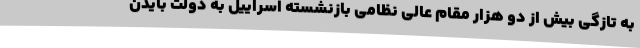
به تازگی بیش از دو هزار مقام عالی نظامی بازنشسته اسراییل به دولت بایدن